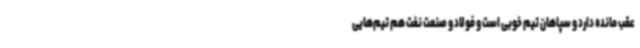
عقب مانده دارد و سپاهان تیم خوبی است و فولاد و صنعت نفت هم تیم‌هایی